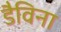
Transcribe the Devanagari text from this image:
डैविना